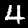
Label: 4